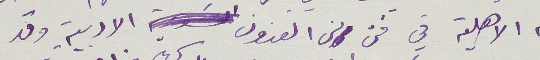
به الاهلية في فن من الفنون الادبية وقد